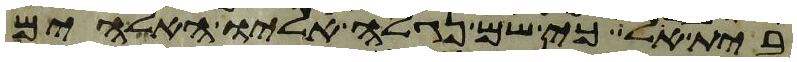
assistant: בית אל כי שם נגלה אליו האלהים